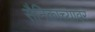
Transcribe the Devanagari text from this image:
सैनिकाच्यावर